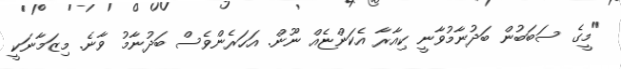
"މީގެ ސަބަބުން ބަދުނާމުވާނީ ކިއާރާ އެކަންޏެއް ނޫން. އަހަރެންވެސް ބަދުނާމު ވާނެ. މިޒަމާނަކީ